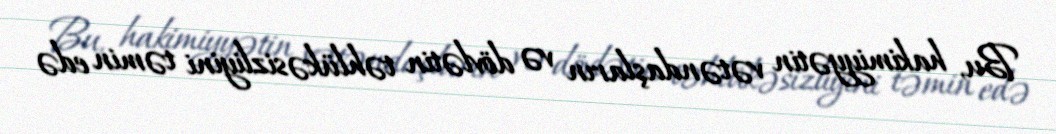
Bu, hakimiyyətin vətəndaşların və dövlətin təhlükəsizliyini təmin edə